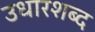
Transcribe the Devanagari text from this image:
उधारशब्द